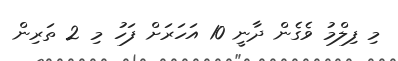
މި ފިލްމު ވެގެން ދާނީ 10 އަހަރަށް ފަހު މި 2 ތަރިން